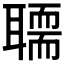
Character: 𰭻